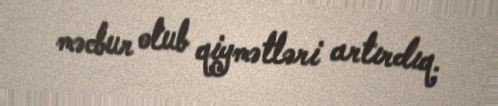
məcbur olub qiymətləri artırdıq.